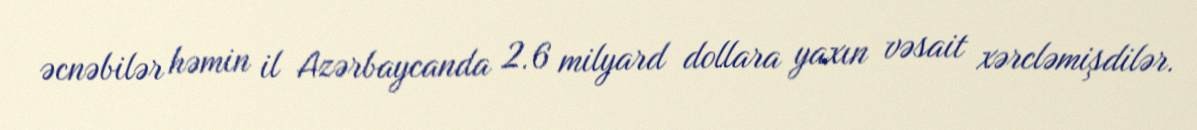
əcnəbilər həmin il Azərbaycanda 2.6 milyard dollara yaxın vəsait xərcləmişdilər.